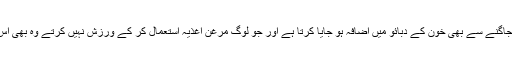
کثرت چائے نوشی، رات کو دیر تک جاگنے سے بھی خون کے دبائو میں اضافہ ہو جایا کرتا ہے اور جو لوگ مرغن اغذیہ استعمال کر کے ورزش نہیں کرتے وہ بھی اس عارضہ کی زد میں آجایا کرتے ہیں۔